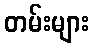
တမ်းများ